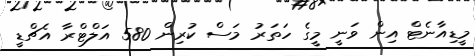
މީޑިއާނެޓް އިން ވަނީ މީގެ ހަތަރު މަސް ކުރިން 580 އަލްޓްރާ އެޗްޑީ